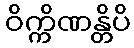
ဝိက္ကိဏန္တိပိ